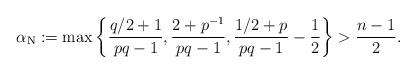
LaTeX: \begin{align*}\alpha_{\mathrm{N}}:=\max\left\{\frac{q/2+1}{pq-1},\frac{2+p^{-1}}{pq-1},\frac{1/2+p}{pq-1}-\frac{1}{2}\right\}>\frac{n-1}{2}.\end{align*}